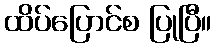
ထိပ်ပြောင်စ ပြုပြီ။